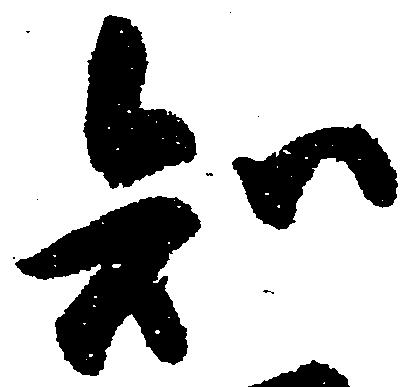
知